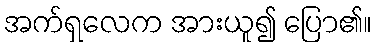
အက်ရှလေက အားယူ၍ ပြော၏။